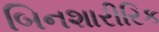
બિનશારીરિક